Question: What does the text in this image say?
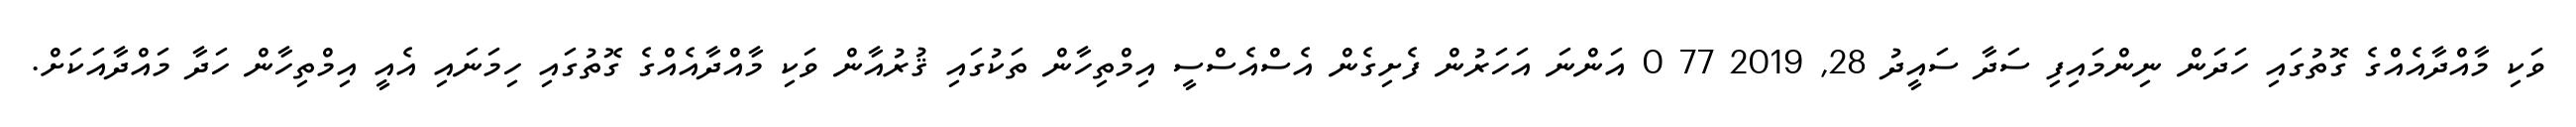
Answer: ވަކި މާއްދާއެއްގެ ގޮތުގައި ހަދަން ނިންމައިފި ސަދާ ސައީދު 28, 2019 77 0 އަންނަ އަހަރުން ފެށިގެން އެސްއެސްސީ އިމްތިހާން ތަކުގައި ޤުރުއާން ވަކި މާއްދާއެއްގެ ގޮތުގައި ހިމަނައި އެއީ އިމްތިހާން ހަދާ މައްދާއަކަށް.